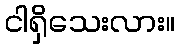
ငါရှိသေးလား။